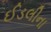
ઈડલીના